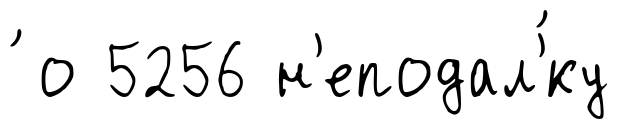
́ о 5256 н'еподал'́ку